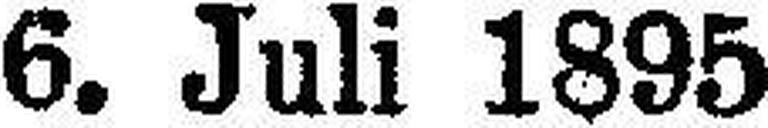
6. Juli 1895